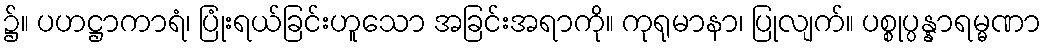
၌။ ပဟဋ္ဌာကာရံ၊ ပြုံးရယ်ခြင်းဟူသော အခြင်းအရာကို။ ကုရုမာနာ၊ ပြုလျက်။ ပစ္စုပ္ပန္နာရမ္မဏာ